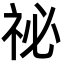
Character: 祕